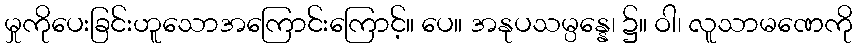
မှုကိုပေးခြင်းဟူသောအကြောင်းကြောင့်။ ပေ။ အနုပသမ္ပန္နေ၊ ၌။ ဝါ၊ လူသာမဏေကို